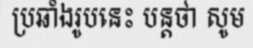
ប្រឆាំងរូបនេះ បន្តថា សូម